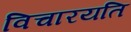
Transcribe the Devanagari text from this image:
विचारयति